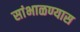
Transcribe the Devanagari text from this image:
सांभाळण्‍यास